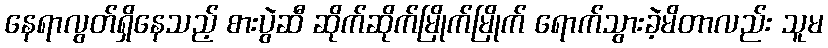
နေရာလွတ်ရှိနေသည့် စားပွဲဆီ ဆိုက်ဆိုက်မြိုက်မြိုက် ရောက်သွားခဲ့မိတာလည်း သူမ